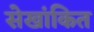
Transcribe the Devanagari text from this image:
सेखांकित